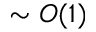
\sim O ( 1 )